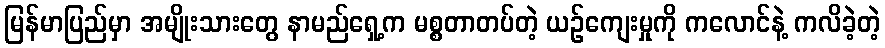
မြန်မာပြည်မှာ အမျိုးသားတွေ နာမည်ရှေ့က မစ္စတာတပ်တဲ့ ယဉ်ကျေးမှုကို ကလောင်နဲ့ ကလိခဲ့တဲ့